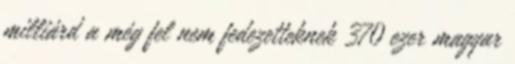
milliárd a még fel nem fedezetteknek 370 ezer magyar